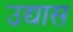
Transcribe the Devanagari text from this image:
उद्यास